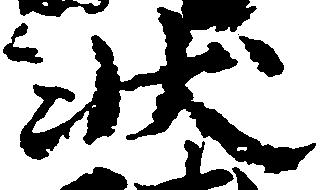
状